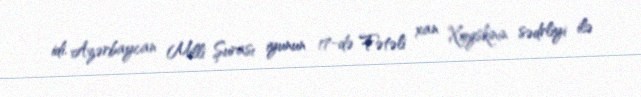
idi. Azərbaycan Milli Şurası iyunun 17-də Fətəli xan Xoyskinin sədrliyi ilə